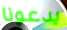
يدعونا